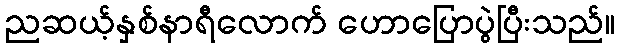
ညဆယ့်နှစ်နာရီလောက် ဟောပြောပွဲပြီးသည်။